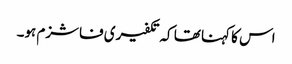
اس کا کہنا تھا کہ تکفیری فاشزم ہو۔